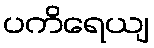
ပကိရေယျ